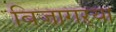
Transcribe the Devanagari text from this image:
बिजागऱ्या